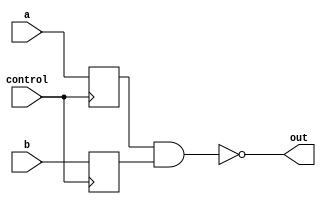
module nand_gate_delay (
    input wire a, 
    input wire b, 
    input wire control,
    output wire out
);

reg delayed_a, delayed_b;

always @(posedge control) begin
    delayed_a <= a;
    delayed_b <= b;
end

assign out = ~(delayed_a & delayed_b);

endmodule